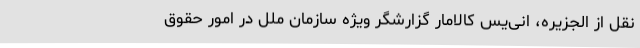
نقل از الجزیره، انی‌یس کالامار گزارشگر ویژه سازمان ملل در امور حقوق